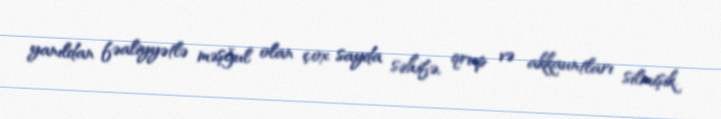
yanıldan fəaliyyətlə məşğul olan çox sayda səhifə, qrup və akkauntları silmişik.